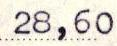
28,60